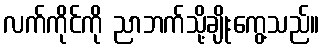
လက်ကိုင်ကို ညာဘက်သို့ချိုးကွေ့သည်။